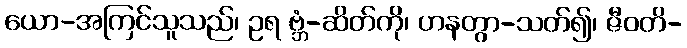
ယော-အကြင်သူသည်၊ ဥရ ဗ္ဘံ-ဆိတ်ကို၊ ဟနတွာ-သတ်၍၊ ဇီဝတိ-